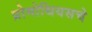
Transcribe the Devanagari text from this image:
प्रोमोथियसचे